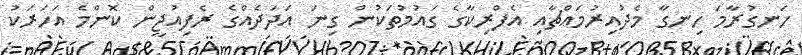
ހަނގުރާމަ ހިނގާ މެދުއިރުމައްޗާއި އެފްރިކާގެ ގައުމުތަކުން ގިނަ އަދަދެއްގެ ރެފިއުޖީން ކޮންމެ އަހަރަކު